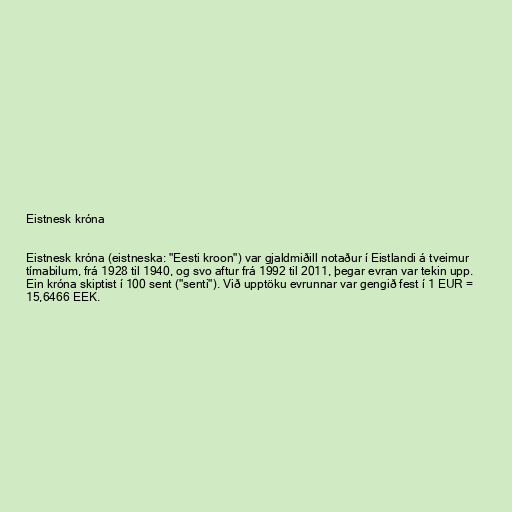
Eistnesk króna

Eistnesk króna (eistneska: "Eesti kroon") var gjaldmiðill notaður í Eistlandi á tveimur
tímabilum, frá 1928 til 1940, og svo aftur frá 1992 til 2011, þegar evran var tekin upp.
Ein króna skiptist í 100 sent ("senti"). Við upptöku evrunnar var gengið fest í 1 EUR =
15,6466 EEK.